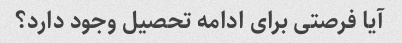
آیا فرصتی برای ادامه تحصیل وجود دارد؟